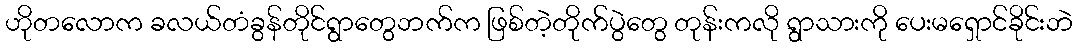
ဟိုတလောက ခလယ်တံခွန်တိုင်ရွာတွေဘက်က ဖြစ်တဲ့တိုက်ပွဲတွေ တုန်းကလို ရွာသားကို ပေးမရှောင်ခိုင်းဘဲ